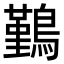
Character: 𪅀